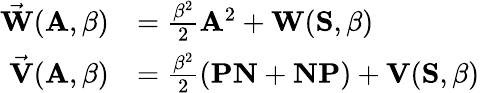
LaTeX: \begin{array}{rl}{\vec{\mathbf{W}}(\mathbf{A},\beta)}&{=\frac{\beta^{2}}{2}\mathbf{A}^{2}+\mathbf{W}(\mathbf{S},\beta)}\\ {\vec{\mathbf{V}}(\mathbf{A},\beta)}&{=\frac{\beta^{2}}{2}\left(\mathbf{PN}+\mathbf{NP}\right)+\mathbf{V}(\mathbf{S},\beta)}\end{array}